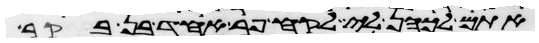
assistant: אתם לכהן לי לקח פר אחד בן בקר